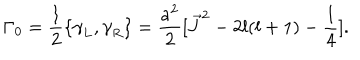
{ \Gamma } _ { 0 } = \frac { 1 } { 2 } \{ { \gamma } _ { L } , { \gamma } _ { R } \} = \frac { a ^ { 2 } } { 2 } [ \vec { J } ^ { 2 } - 2 l ( l + 1 ) - \frac { 1 } { 4 } ] .